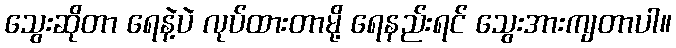
သွေးဆိုတာ ရေနဲ့ပဲ လုပ်ထားတာမို့ ရေနည်းရင် သွေးအားကျတာပါ။